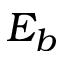
E _ { b }